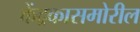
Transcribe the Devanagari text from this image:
केंद्रकासमोरील